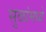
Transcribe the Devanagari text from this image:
सुळांमध्ये